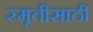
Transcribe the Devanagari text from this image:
स्मृतीसाठी